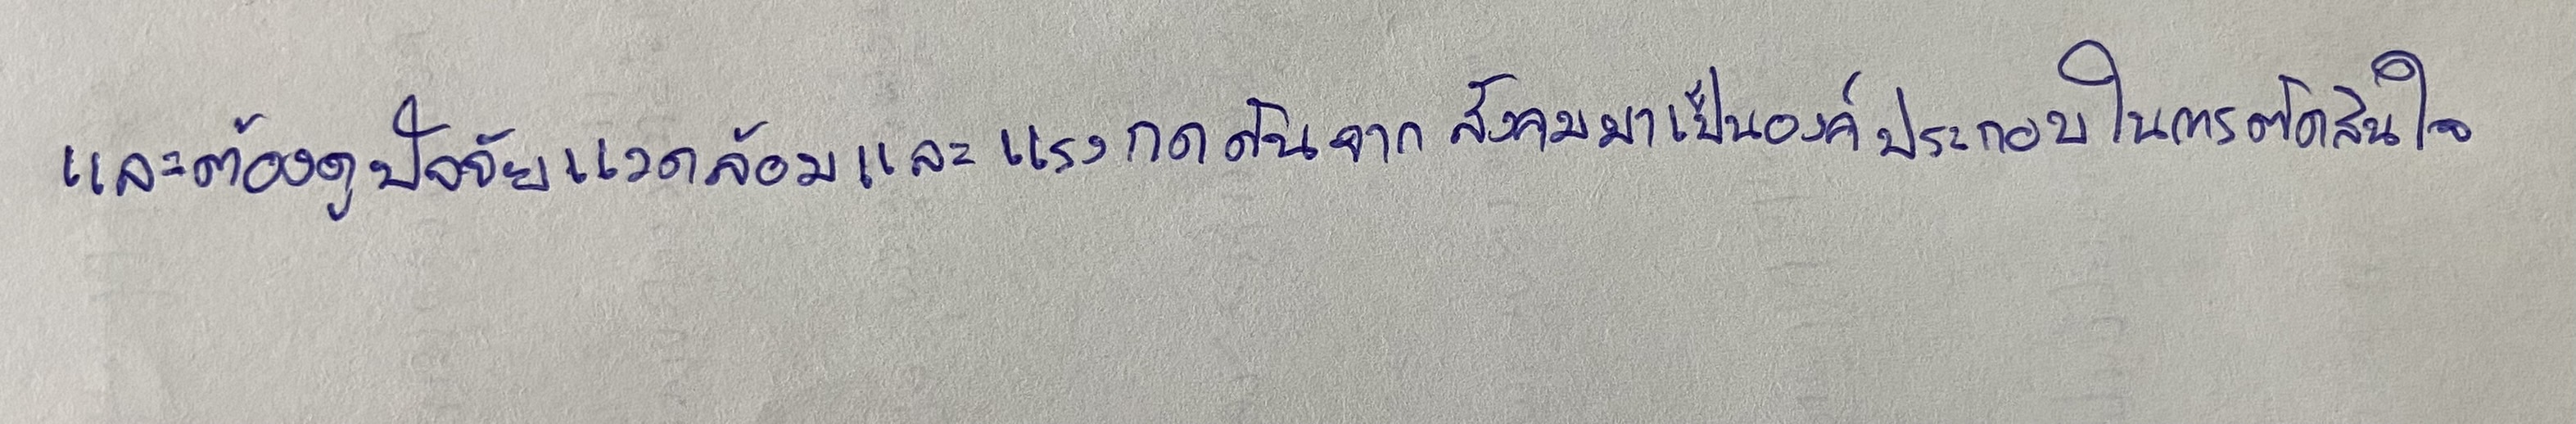
และต้องดูปัจจัยแวดล้อมและแรงกดดันจากสังคมมาเป็นองค์ประกอบในการตัดสินใจ